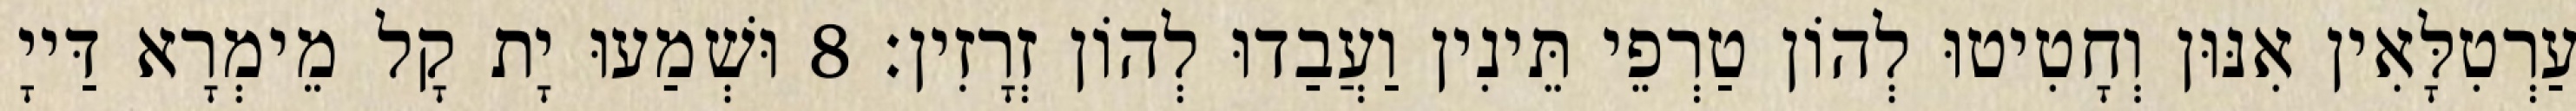
עַרְטִלָּאִין אִנּוּן וְחָטִיטוּ לְהוֹן טַרְפֵי תֵּינִין וַעֲבַדוּ לְהוֹן זְרָזִין׃ 8 וּשְׁמַעוּ יָת קָל מֵימְרָא דַּייָ